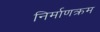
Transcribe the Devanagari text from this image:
निर्माणक्रम